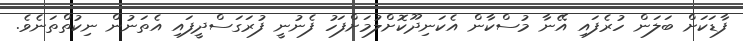
ފާޑަކަށް ބަލަން ހުރެފައި އޭނާ މުސްކާން އެކަނިދޫކޮށްލުމަށްފަހު ފެނުނީ ފުރަގަސްދީފައި އެތަނުން ނިކުތްތަނެވެ.